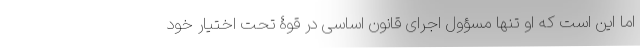
اما این است که او تنها مسؤول اجرای قانون اساسی در قوۀ تحت اختیار خود